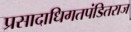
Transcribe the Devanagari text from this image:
प्रसादाधिगतपंडितराज